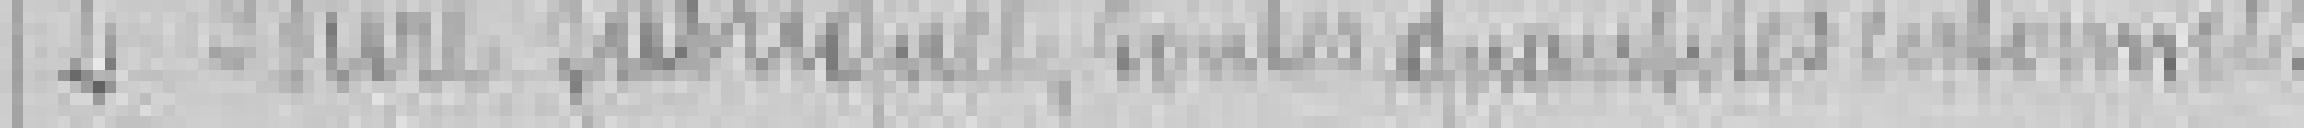
2. Bière fabriquée, toutes quantités conformées ?